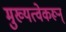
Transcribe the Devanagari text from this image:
मुख्यत्वेकरून्